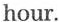
hour.